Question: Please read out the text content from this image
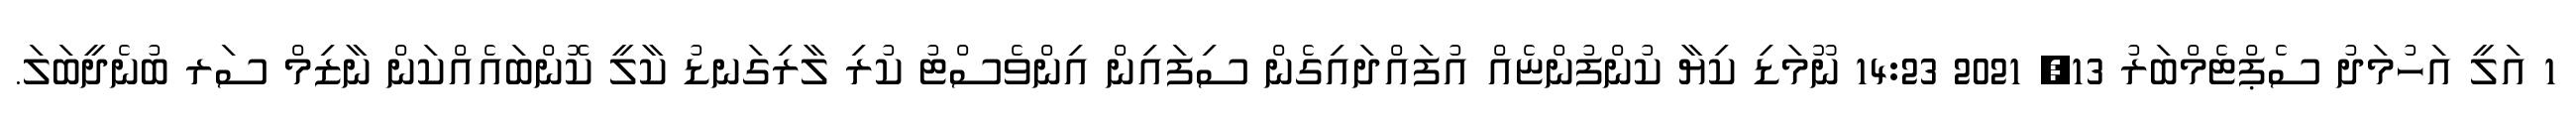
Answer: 1 އަލީ އަހުމަދު ސެޕްޓެމްބަރު 13, 2021 14:23 ނޫމަޑި ކިޔާ ކުންފުންޏެއް އުފައްދައިގެން ސިފައިން އިންވެސްޓު ކުރި ލާރިގަނޑު ކާލީ ކޮންބައެއްކަން ނާޒިމް ސަރ ބުނެދީބަލަ.